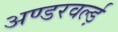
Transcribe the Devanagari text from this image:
अण्डरवर्ल्ड़